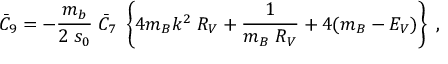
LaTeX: \bar { C } _ { 9 } = - \frac { m _ { b } } { 2 \; s _ { 0 } } \; \bar { C } _ { 7 } \; \left\{ 4 m _ { B } k ^ { 2 } \; R _ { V } + \frac { 1 } { m _ { B } \; R _ { V } } + 4 ( m _ { B } - E _ { V } ) \right\} ~ ,